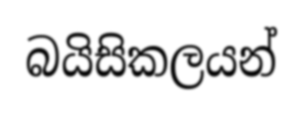
බයිසිකලයන්